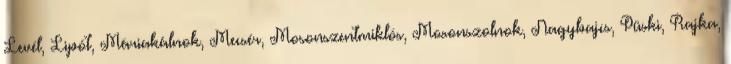
Levél, Lipót, Máriakálnok, Mecsér, Mosonszentmiklós, Mosonszolnok, Nagybajcs, Püski, Rajka,